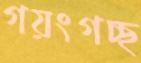
গয়ংগচ্ছ